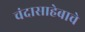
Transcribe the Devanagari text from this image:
चंदासाहेबाचे